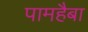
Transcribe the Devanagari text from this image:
पामहैबा